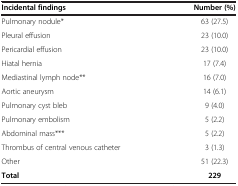
| Incidental findings | Number (%) |
 | --- | --- |
 | Pulmonary nodule* | 63 (27.5) |
 | Pleural effusion | 23 (10.0) |
 | Pericardial effusion | 23 (10.0) |
 | Hiatal hernia | 17 (7.4) |
 | Mediastinal lymph node** | 16 (7.0) |
 | Aortic aneurysm | 14 (6.1) |
 | Pulmonary cyst bleb | 9 (4.0) |
 | Pulmonary embolism | 5 (2.2) |
 | Abdominal mass*** | 5 (2.2) |
 | Thrombus of central venous catheter | 3 (1.3) |
 | Other | 51 (22.3) |
 | Total | 229 |